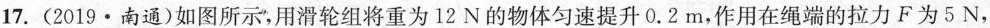
C.滑轮组的额外功